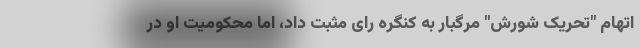
اتهام "تحریک شورش" مرگبار به کنگره رای مثبت داد، اما محکومیت او در